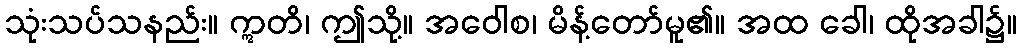
သုံးသပ်သနည်း။ ဣတိ၊ ဤသို့။ အဝေါစ၊ မိန့်တော်မူ၏။ အထ ခေါ၊ ထိုအခါ၌။